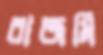
বাজমি